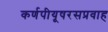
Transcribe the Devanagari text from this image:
कर्णपीयूषरसप्रवाह